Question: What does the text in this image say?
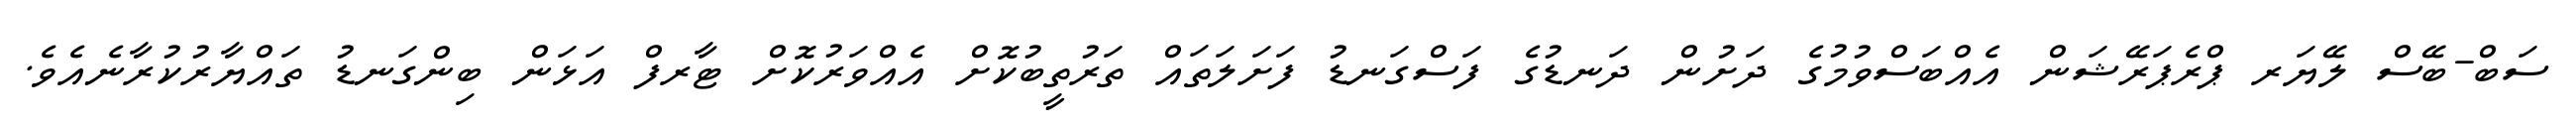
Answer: ސަބް-ބޭސް ލޭޔަރ ޕްރެޕަރޭޝަން އެއްބަސްވުމުގެ ދަށުން ދަނޑުގެ ފަސްގަނޑު ފަށަލަތައް ތަރުތީބުކޮށް އެއްވަރުކޮށް ޓާރފް އަޅަން ބިންގަނޑު ތައްޔާރުކުރާނެއެވެ.